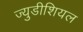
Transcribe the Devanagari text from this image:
ज्युडीशियल